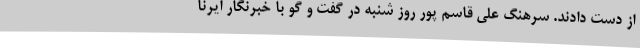
از دست دادند. سرهنگ علی قاسم پور روز شنبه در گفت و گو با خبرنگار ایرنا